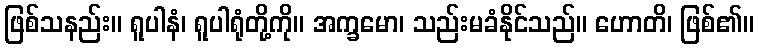
ဖြစ်သနည်း။ ရူပါနံ၊ ရူပါရုံတို့ကို။ အက္ခမော၊ သည်းမခံနိုင်သည်။ ဟောတိ၊ ဖြစ်၏။